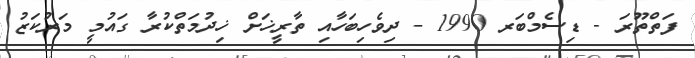
ފަތްތޫރަ - ޑިސެމްބަރ 1990 - ދިވެހިބަހާއި ތާރީޚަށް ޚިދުމަތްކުރާ ގައުމީ މަރުކަޒު